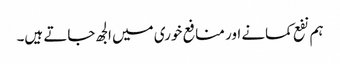
ہم نفع کمانے اور منافع خوری میں الجھ جاتے ہیں۔